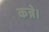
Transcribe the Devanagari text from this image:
कन्ने।